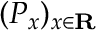
( P _ { x } ) _ { x \in \mathbf { R } }